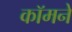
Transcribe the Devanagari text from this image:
कॉमने